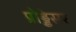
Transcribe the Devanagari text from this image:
प्रोड्डेसर